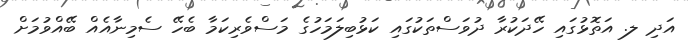
އަދި ލ. އަތޮޅުގައި ހޭދަކުރާ ދުވަސްތަކުގައި ކަޅުބިލަމަހުގެ މަސްވެރިކަމާ ބެހޭ ސެމިނާއެއް ބޭއްވުމަށް